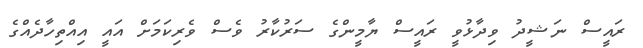
ރައީސް ނަޝީދު ވިދާޅުވީ ރައީސް ޔާމީންގެ ސަރުކާރު ވެސް ވެރިކަމަށް އައީ އިއްތިހާދެއްގެ